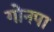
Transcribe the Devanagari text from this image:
गोनपा